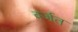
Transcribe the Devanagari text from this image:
वर्जत